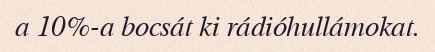
a 10%-a bocsát ki rádióhullámokat.